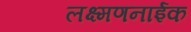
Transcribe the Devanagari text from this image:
लक्ष्मणनाईक